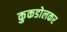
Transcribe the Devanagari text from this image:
कुकडोलकर